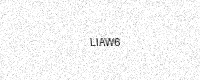
Text: LIAW6